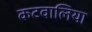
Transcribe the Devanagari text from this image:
कटवालिया